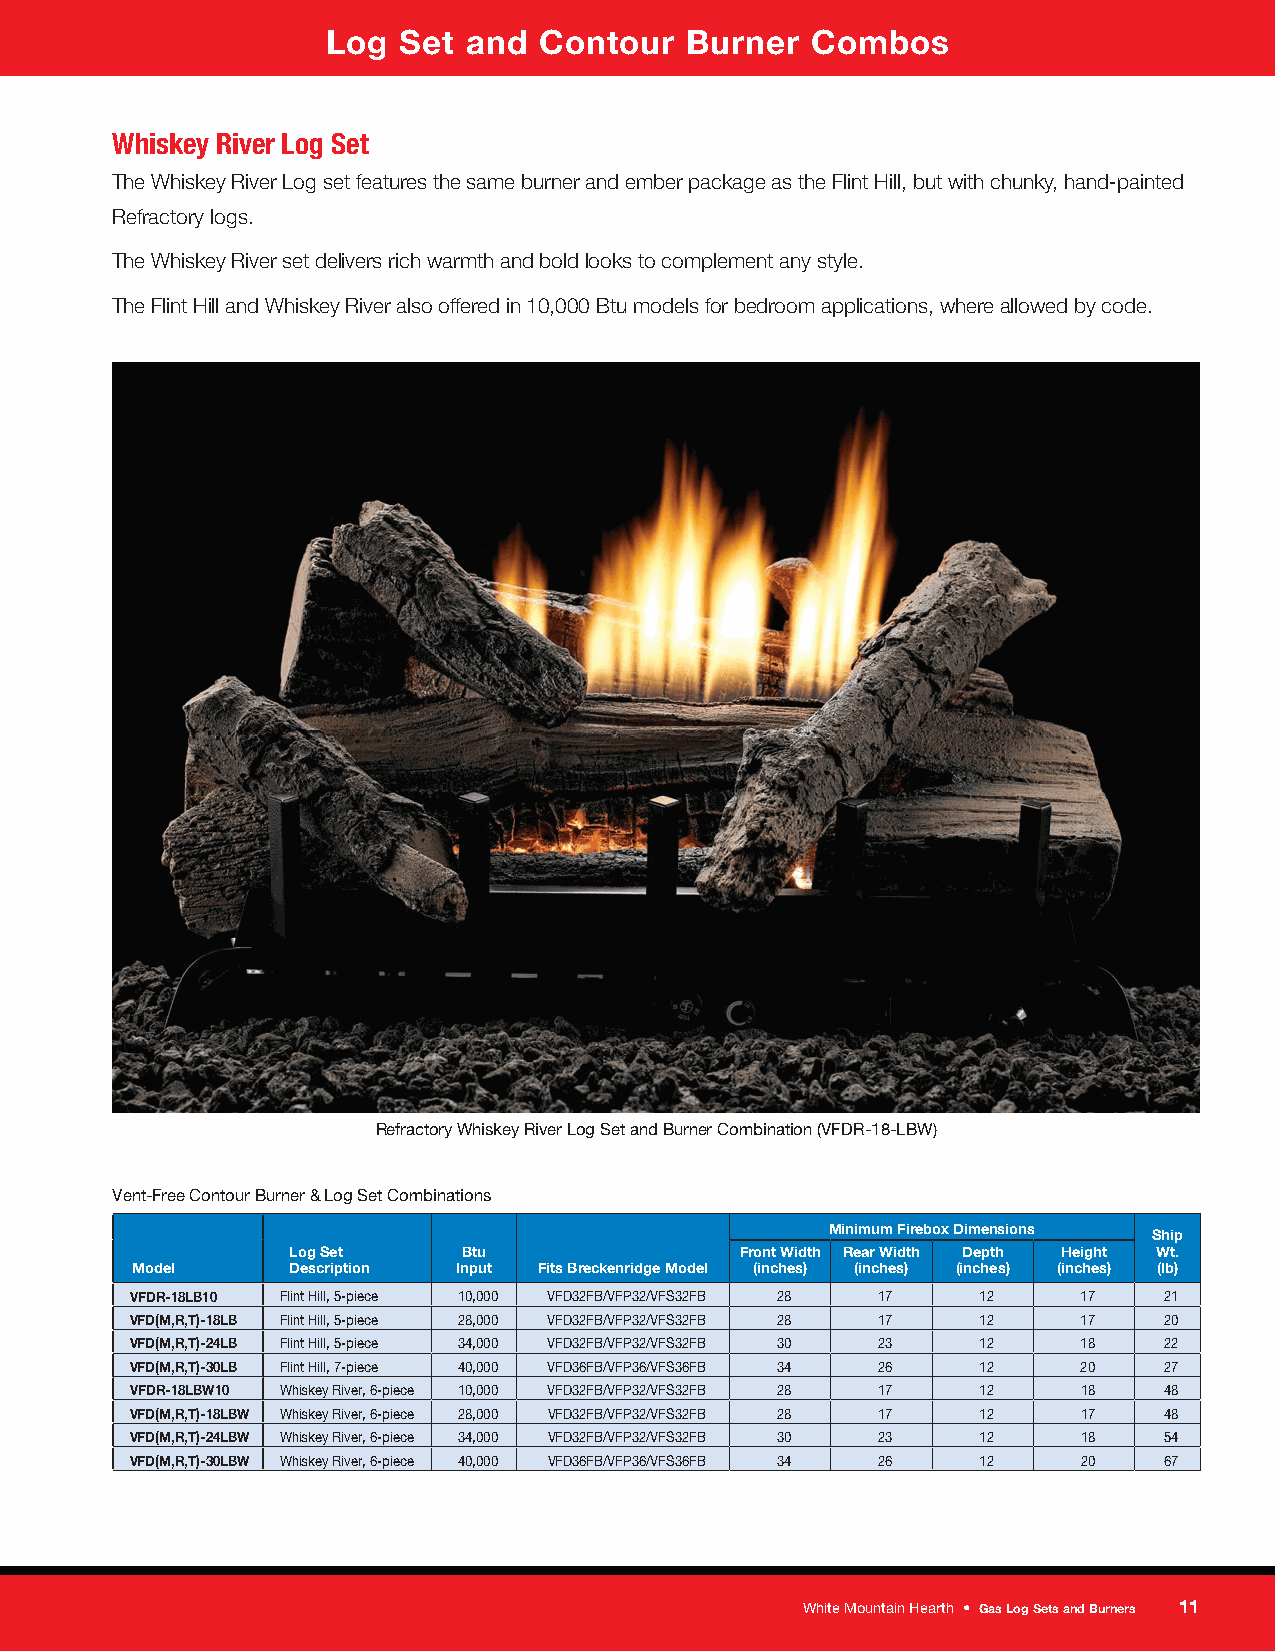
Log Set  and  Contour  Burner   Combos
 Whiskey River Log Set
 The Whiskey River Log set features the same burner and ember package as the Flint Hill, but with chunky, hand-painted
 Refractory logs.
 The Whiskey River set delivers rich warmth and bold looks to complement any style.
 The Flint Hill and Whiskey River also offered in 10,000 Btu models for bedroom applications, where allowed by code.
 Refractory Whiskey River Log Set and Burner Combination (VFDR-18-LBW)
 Vent-Free Contour Burner & Log Set Combinations
 Minimum Firebox Dimensions Ship
 Log Set     Btu               Front Width Rear Width Depth Height Wt.
 Model     Description Input Fits Breckenridge Model (inches) (inches) (inches) (inches) (lb)
 VFDR-18LB10 Flint Hill, 5-piece 10,000 VFD32FB/VFP32/VFS32FB 28 17 12 17 21
 VFD(M,R,T)-18LB Flint Hill, 5-piece 28,000 VFD32FB/VFP32/VFS32FB 28 17 12 17 20
 VFD(M,R,T)-24LB Flint Hill, 5-piece 34,000 VFD32FB/VFP32/VFS32FB 30 23 12 18 22
 VFD(M,R,T)-30LB Flint Hill, 7-piece 40,000 VFD36FB/VFP36/VFS36FB 34 26 12 20 27
 VFDR-18LBW10 Whiskey River, 6-piece 10,000 VFD32FB/VFP32/VFS32FB 28 17 12 18 48
 VFD(M,R,T)-18LBW Whiskey River, 6-piece 28,000 VFD32FB/VFP32/VFS32FB 28 17 12 17 48
 VFD(M,R,T)-24LBW Whiskey River, 6-piece 34,000 VFD32FB/VFP32/VFS32FB 30 23 12 18 54
 VFD(M,R,T)-30LBW Whiskey River, 6-piece 40,000 VFD36FB/VFP36/VFS36FB 34 26 12 20 67
 White Mountain Hearth • Gas Log Sets and Burners 11